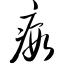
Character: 瘕